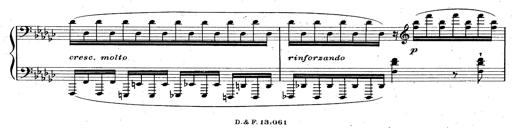
Title: La Marseillaise
Composer: Franz Liszt
Key: B-flat major